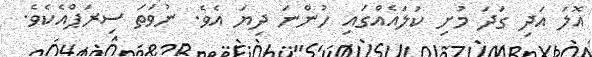
އޮލަ އަދި ގަދަ މުށި ކުލައެއްގައި ހުންނަ ދިޔަ އެވެ. ނުވަތަ ސިރަޕްއެކެވެ.